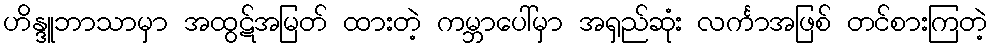
ဟိန္ဒူဘာသာမှာ အထွဋ်အမြတ် ထားတဲ့ ကမ္ဘာပေါ်မှာ အရှည်ဆုံး လင်္ကာအဖြစ် တင်စားကြတဲ့